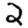
Digit: 2